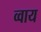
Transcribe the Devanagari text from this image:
व्वाय